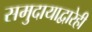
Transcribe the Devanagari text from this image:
समुदायाद्वारेही